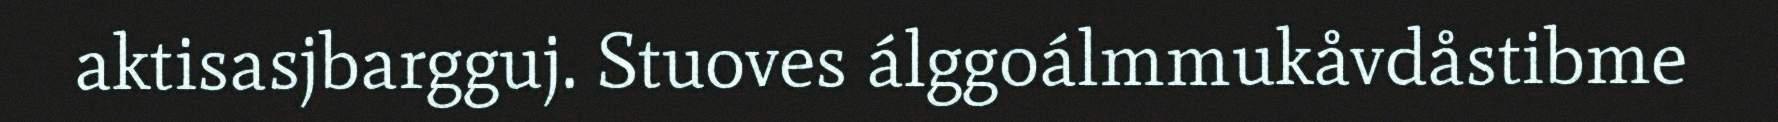
aktisasjbargguj. Stuoves álggoálmmukåvdåstibme